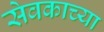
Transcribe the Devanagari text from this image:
सेवकाच्या